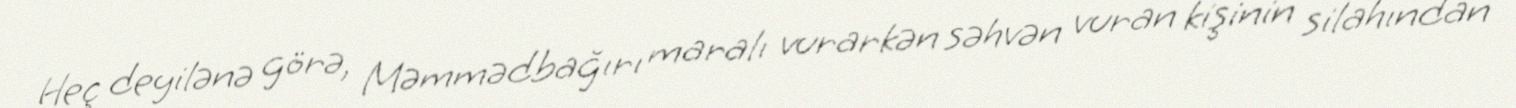
Heç deyilənə görə, Məmmədbağırı maralı vurarkən səhvən vuran kişinin silahından